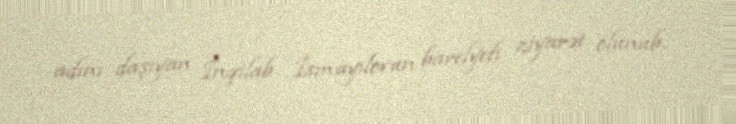
adını daşıyan İnqilab İsmayılovun barelyefi ziyarət olunub.